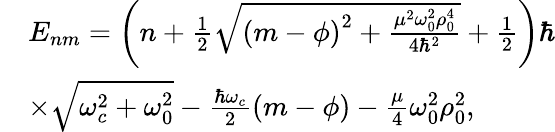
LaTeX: \begin{array}{rl}&{{E}_{nm}=\left(n+\frac{1}{2}\sqrt{\left(m-\phi\right)^{2}+\frac{\mu^{2}\omega_{0}^{2}\rho_{0}^{4}}{4\hbar^{2}}}+\frac{1}{2}\right)\hbar}\\ &{\times\sqrt{\omega_{c}^{2}+\omega_{0}^{2}}-\frac{\hbar\omega_{c}}{2}\left(m-\phi\right)-\frac{\mu}{4}\omega_{0}^{2}\rho_{0}^{2},}\end{array}